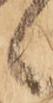
候